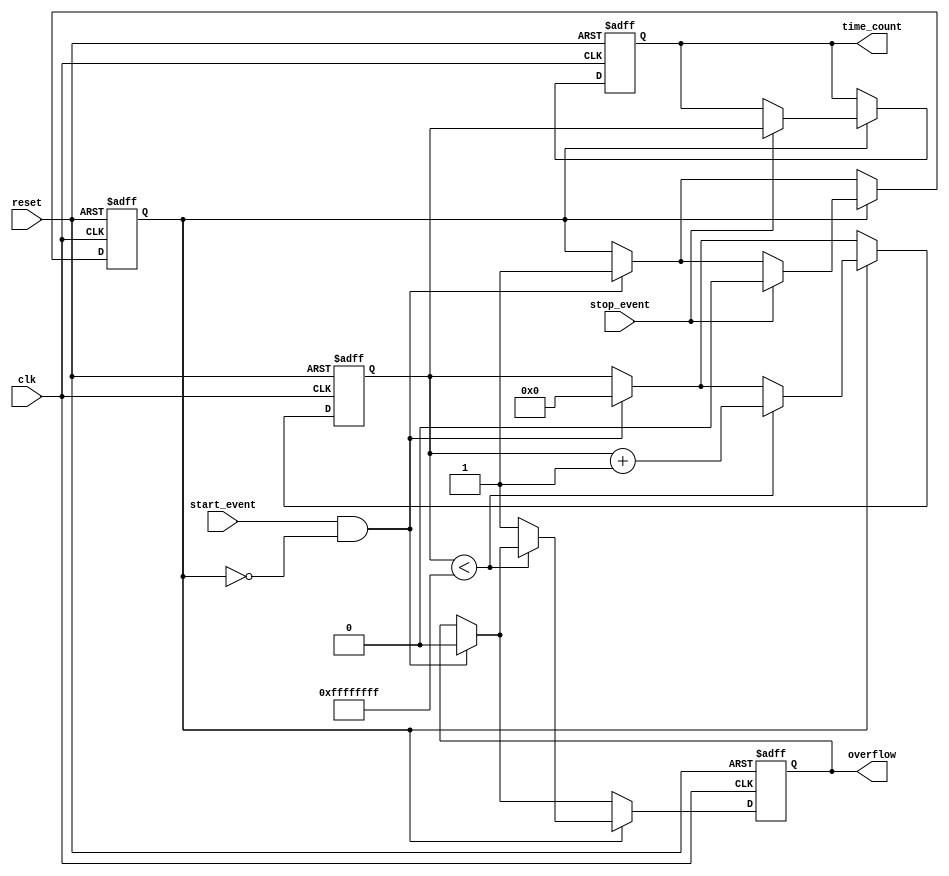
module TDC (
    input wire clk,               // High-frequency clock
    input wire reset,             // Asynchronous reset
    input wire start_event,       // Start event signal
    input wire stop_event,        // Stop event signal
    output reg [31:0] time_count, // Measured time interval (in clock cycles)
    output reg overflow           // Overflow indication
);

    // Internal signals
    reg counting;                // State indicating whether counting is active
    reg [31:0] counter;          // 32-bit counter

    // Initial block for reset
    initial begin
        time_count = 32'h0;
        counter = 32'h0;
        counting = 1'b0;
        overflow = 1'b0;
    end

    // Event detection and counter logic
    always @(posedge clk or posedge reset) begin
        if (reset) begin
            // Resetting all registers
            time_count <= 32'h0;
            counter <= 32'h0;
            counting <= 1'b0;
            overflow <= 1'b0;
        end else begin
            if (start_event && !counting) begin
                // Start counting on start_event
                counting <= 1'b1;
                counter <= 32'h0;
                overflow <= 1'b0;
            end
            
            if (counting) begin
                // Increment counter if counting is active
                if (counter < 32'hFFFFFFFF) begin
                    counter <= counter + 1;
                end else begin
                    // Handle counter overflow
                    overflow <= 1'b1;
                end
                
                if (stop_event) begin
                    // Stop counting on stop_event
                    counting <= 1'b0;
                    time_count <= counter; // Latch counter value
                end
            end
        end
    end

endmodule